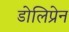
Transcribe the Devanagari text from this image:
डोलिप्रेन